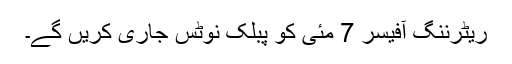
ریٹرننگ آفیسر 7 مئی کو پبلک نوٹس جاری کریں گے۔